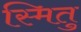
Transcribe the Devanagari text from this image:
स्मितु